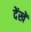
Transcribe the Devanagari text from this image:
देंखें